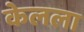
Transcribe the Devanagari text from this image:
केलला